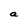
Character: a